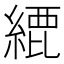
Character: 𦂬